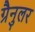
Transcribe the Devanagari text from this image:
ग्रैनुलर